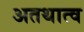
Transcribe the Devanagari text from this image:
अतथात्व